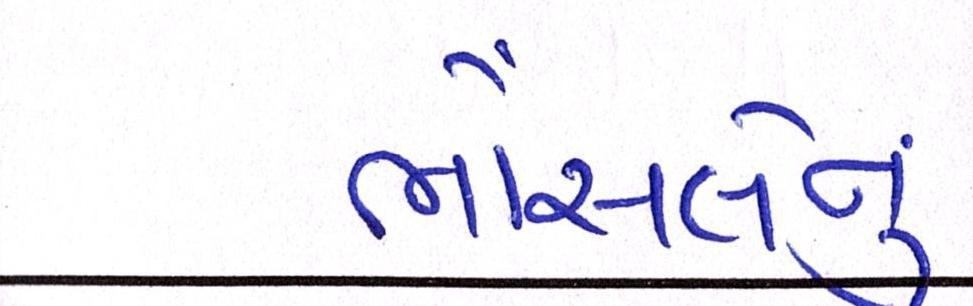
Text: ભોંસલેનું